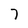
Character: 7